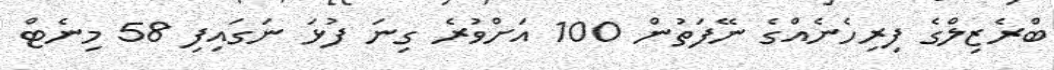
ބްރެޒިލްގެ ފިރިހެނެއްގެ ނޭފަތުން 100 އަށްވުރެ ގިނަ ފުޅަ ނަގައިފި 58 މިނެޓް